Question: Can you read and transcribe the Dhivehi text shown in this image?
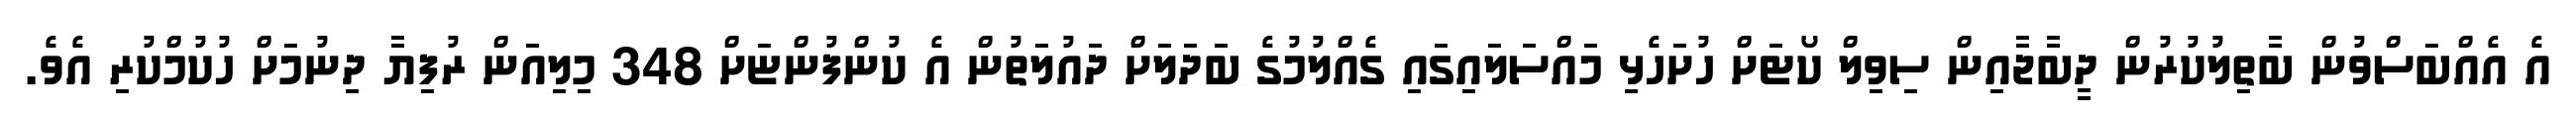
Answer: އެ އެއްބަސްވުން ބާތިލުކުރުން ދީބާޖާއިން ސިވިލް ކޯޓަށް ހުށަހެޅި މައްސަލައިގައި ގެއްލުމުގެ ބަދަލަށް ދައުލަތުން އެ ކުންފުންޏަށް 348 މިލިއަން ރުފިޔާ ދިނުމަށް ހުކުމްކުރި އެވެ.